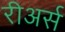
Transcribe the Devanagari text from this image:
रीअर्स